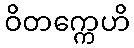
ဝိတက္ကေဟိ